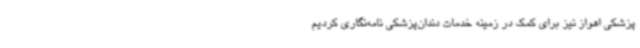
پزشکی اهواز نیز برای کمک در زمینه خدمات دندان‌پزشکی نامه‌نگاری کردیم